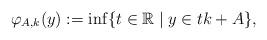
LaTeX: \begin{align*}\varphi_{A,k} (y):= \inf \{t\in{\mathbb{R}} \mid y\in tk + A\}, \end{align*}